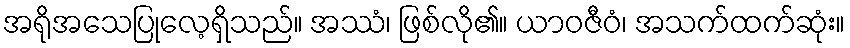
အရိုအသေပြုလေ့ရှိသည်။ အဿံ၊ ဖြစ်လို၏။ ယာဝဇီဝံ၊ အသက်ထက်ဆုံး။